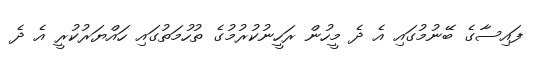
ފައިސާގެ ބޭނުމުގައި އެ ދެ މީހުން ރަހީނުކުރުމުގެ ތުހުމަތުގައި ހައްޔަރުކުރީ އެ ދެ